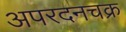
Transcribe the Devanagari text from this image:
अपरदनचक्र